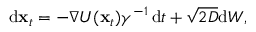
\mathrm { d } \mathbf { x } _ { t } = - \nabla U ( \mathbf { x } _ { t } ) \gamma ^ { - 1 } \, \mathrm { d } t + \sqrt { 2 D } \mathrm { d } W ,